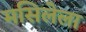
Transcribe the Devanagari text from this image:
मसिलेला